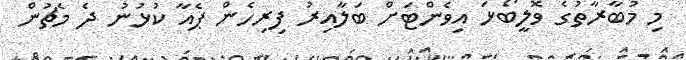
މި މުބާރާތުގެ ވޮލީބޯޅަ އިވެންޓަށް ބަލާއިރު ފިރިހެން ޕެއާ ކުޅުނު ދެ މެޗުން